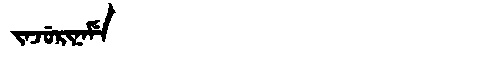
Manchu: ᠵᠠᠵᡠᡵᡳᠨᠠᠮᡝ
Romanization: JAJURINAME